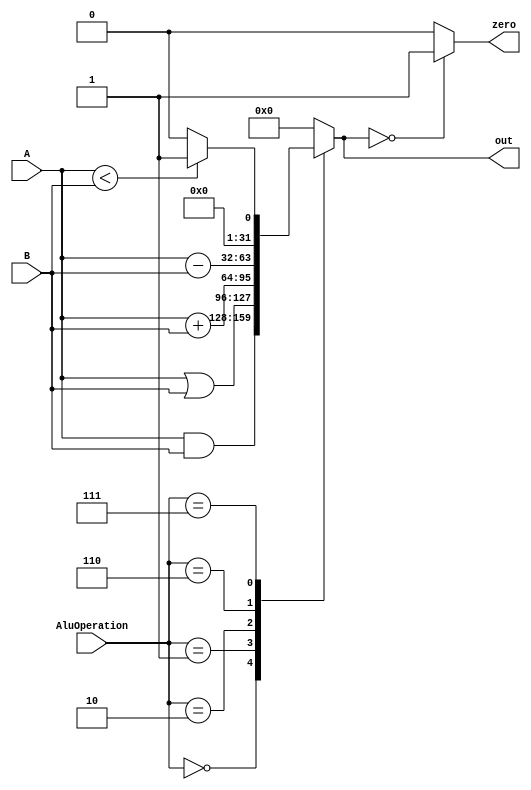
module ALU(input[31:0] A,input[31:0] B,input[2:0] AluOperation,output zero,output reg[31:0] out);
	assign zero = (out == 0) ? 1'b1 : 1'b0;
	always@(A , B , AluOperation) begin
		case(AluOperation)
			3'b000: out = A & B;
			3'b001: out = A | B;
			3'b010: out = A + B;
			3'b110:	out = A - B;
			3'b111: out = (A < B) ? 1 : 0;
			default: out = 0;
		endcase
	end
endmodule